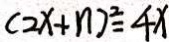
( 2 x + n ) ^ { 2 } = 4 x